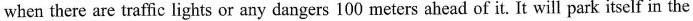
when there are traffic lights or any dangers 100 meters ahead of it. It will park itself in the